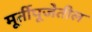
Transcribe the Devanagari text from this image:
मूर्तीपूजेतील